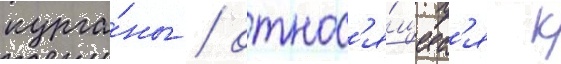
курга́ны / относ'я́щиес'я к